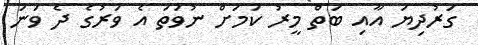
ގަރުދިޔަ އާއި ބަތް މީރު ކަމަށް ނުވަތަ އެ ވަރުގެ ދެ ވަނަ